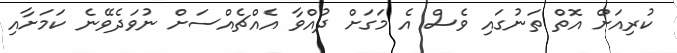
ކުރިއަށް އޮތް ތަނުގައި ވެސް އެ މަގަށް ދުއްވާ އެއްޗެއްސަށް ނުވަދެވޭނެ ކަމަށާއި